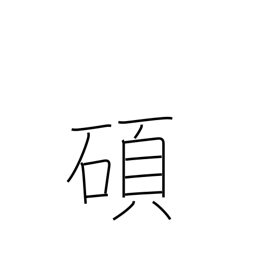
Meaning: eminent